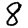
Digit: 8